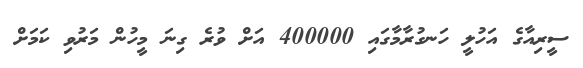
ސީރިއާގެ އަހުލީ ހަނގުރާމާގައި 400000 އަށް ވުރެ ގިނަ މީހުން މަރުވި ކަމަށް